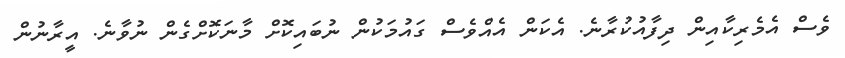
ވެސް އެމެރިކާއިން ދިފާއުކުރާނެ. އެކަން އެއްވެސް ގައުމަކުން ނުބައިކޮށް މާނަކޮށްގެން ނުވާނެ. އީރާނުން